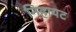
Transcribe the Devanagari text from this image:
निहायट